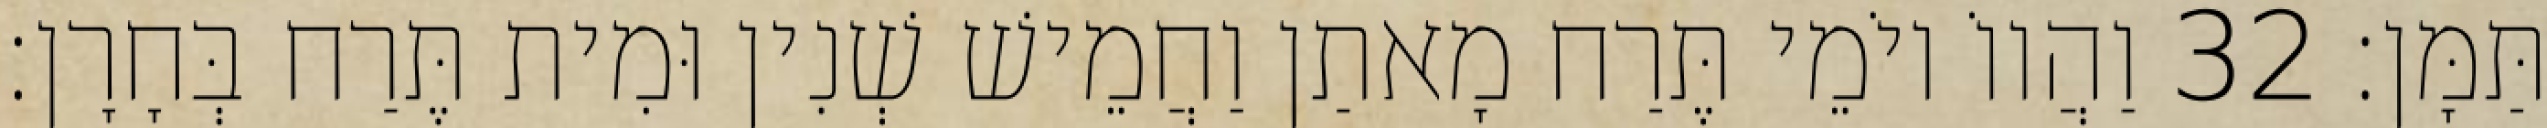
תַּמָּן׃ 32 וַהֲווֹ יוֹמֵי תֶּרַח מָאתַן וַחֲמֵישׁ שְׁנִין וּמִית תֶּרַח בְּחָרָן׃